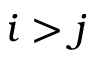
i > j